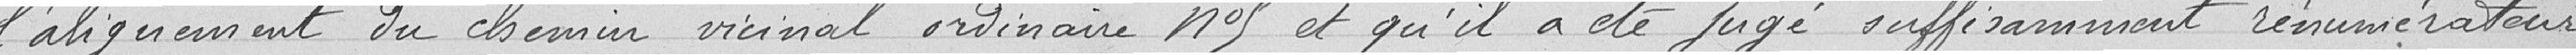
l'alignement du chemin vicinal ordinaire n°5 et qu'il a été jugé suffisamment rémunérateur